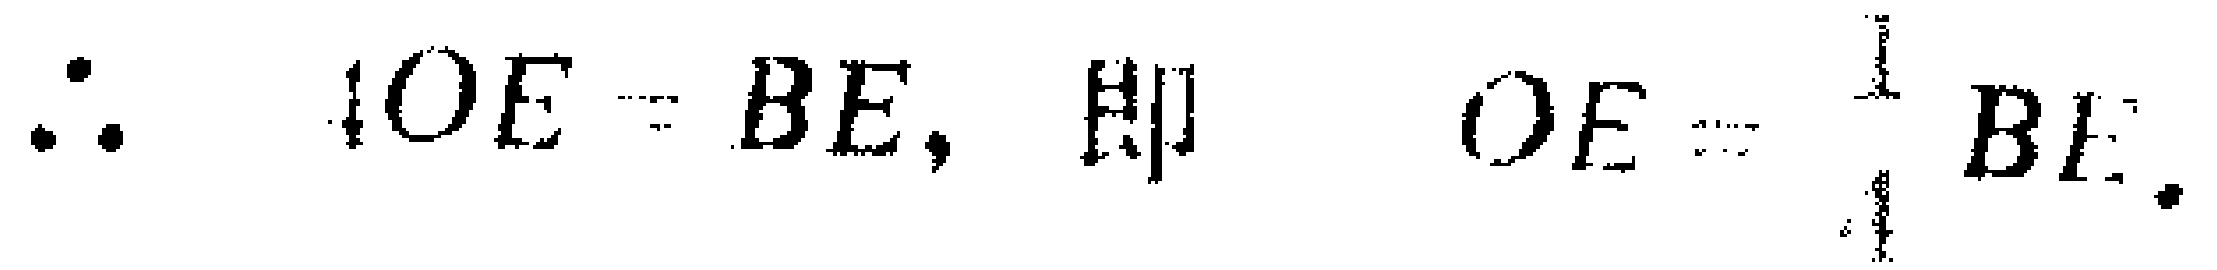
$\therefore 4OE = BE,\ 即\ OE=\frac{1}{4}BE.$